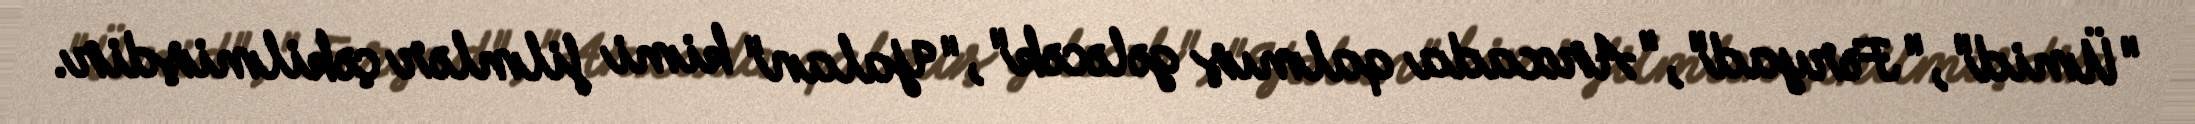
"Ümid", "Fəryad", "Arxada qalmış gələcək", "Yalan" kimi filmlər çəkilmişdir.